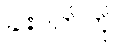
ခါးပတ်ကို